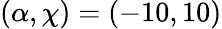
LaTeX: (\alpha,\chi)=(-10,10)